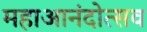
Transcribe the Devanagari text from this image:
महाआनंदोत्सव